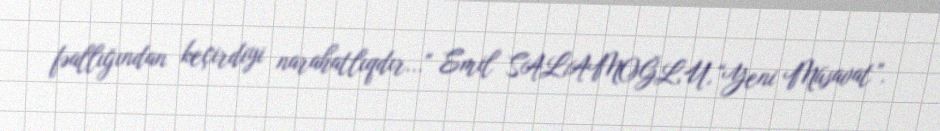
fəallığından keçirdiyi narahatlıqdır..." Emil SALAMOĞLU,“Yeni Müsavat”.